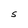
Character: S